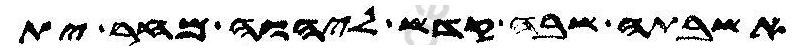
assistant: אשבתה שבה קדש ליהוה מחר ית